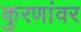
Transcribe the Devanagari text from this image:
कुरणांवर